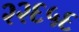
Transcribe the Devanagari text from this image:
२२६५६